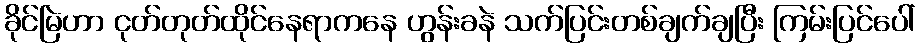
ခိုင်မြဲဟာ ငုတ်တုတ်ထိုင်နေရာကနေ ဟွန်းခနဲ သက်ပြင်းတစ်ချက်ချပြီး ကြမ်းပြင်ပေါ်